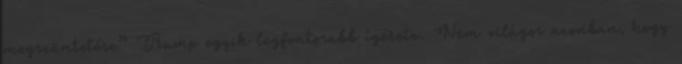
megszüntetése” Trump egyik legfontosabb ígérete. Nem világos azonban, hogy